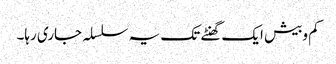
کم وبیش ایک گھنٹے تک یہ سلسلہ جاری رہا۔